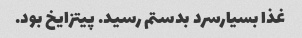
غذا بسیارسرد بدستم رسید. پیتزایخ بود.